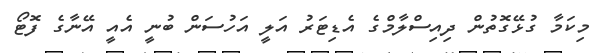
މިކަމާ ގުޅޭގޮތުން ދިއިސްލާމްގެ އެޑިޓަރު އަލީ އަހުސަން ބުނީ އެއީ އޭނާގެ ފޮޓޯ